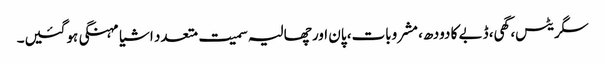
سگریٹس، گھی، ڈبے کا دودھ، مشروبات، پان اور چھالیہ سمیت متعدد اشیا مہنگی ہوگئیں۔